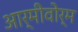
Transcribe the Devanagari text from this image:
आर्मीवोर्म